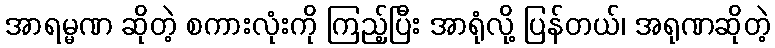
အာရမ္မဏ ဆိုတဲ့ စကားလုံးကို ကြည့်ပြီး အာရုံလို့ ပြန်တယ်၊ အရုဏဆိုတဲ့